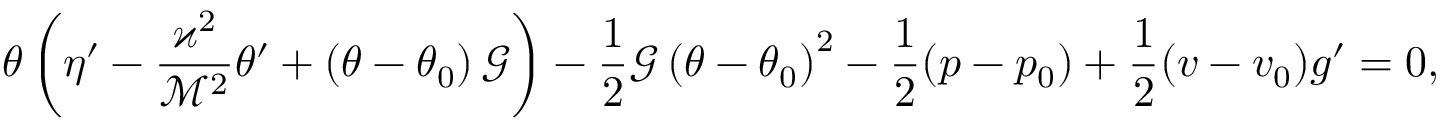
\theta \left( \eta ^ { \prime } - \frac { \varkappa ^ { 2 } } { \mathcal { M } ^ { 2 } } \theta ^ { \prime } + \left( \theta - \theta _ { 0 } \right) \mathcal { G } \right) - \frac { 1 } { 2 } \mathcal { G } \left( \theta - \theta _ { 0 } \right) ^ { 2 } - \frac { 1 } { 2 } ( p - p _ { 0 } ) + \frac { 1 } { 2 } ( v - v _ { 0 } ) g ^ { \prime } = 0 ,